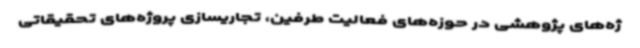
ژه‌های پژوهشی در حوزه‌های فعالیت طرفین، تجاریسازی پروژه‌های تحقیقاتی